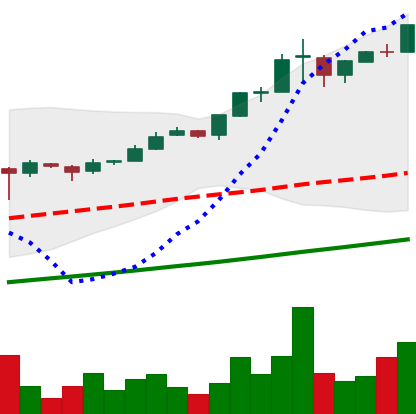
Ticker: BTC-USD
Chart end date: 2017-03-01
Forward return: 4.117%
Label: up_3_5